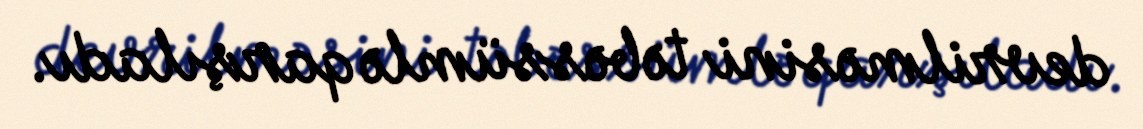
devrilməsini təbəssümlə qarşıladı.